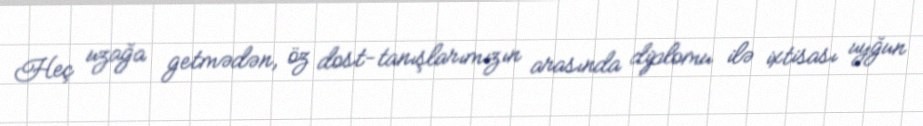
Heç uzağa getmədən, öz dost-tanışlarımızın arasında diplomu ilə ixtisası uyğun